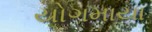
યોગમાયા